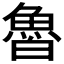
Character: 𩶑